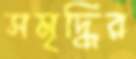
সমৃদ্ধির